Vaccination United Provinces of Agra and Oudh 1923-1928 - 1923-1928
Year: 1923
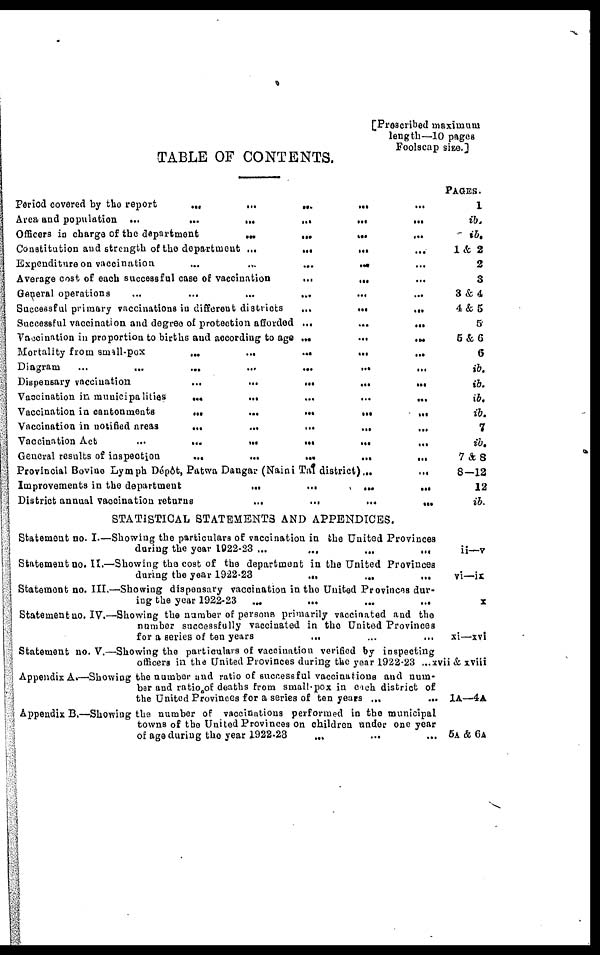
[Prescribed maximum
length —10 pages
Foolscap size.]
TABLE OF CONTENTS.
Period covered by the report
...
...
...
...
...
...
Area and population
...
...
...
...
...
Officers in charge of the department
...
...
...
...
...
...
...
Constitution and strength of the department
...
...
...
...
...
Expenditure on vaccination
...
...
...
...
...
Average cost of each successful case of vaccination
...
...
...
...
General operations
...
...
...
...
...
...
Successful primary vaccinations in different districts
...
...
...
...
Successful vaccination and degree of protection afforded
...
...
...
Vaccination in proportion to births and according to age
...
...
...
Mortality from small-pox ... ... ... ...
Diagram
...
...
...
...
...
...
Dispensary vaccination
...
...
...
...
...
Vaccination in municipalities
...
...
...
...
...
Vaccination in cantonments
...
...
...
...
...
Vaccination in notified areas
...
...
...
...
...
...
Vaccination Act
...
...
...
...
...
General results of inspection
...
...
...
...
...
Provincial Bovine Lymph Dépôt, Patwa Dangar (Naini Tal district)...
...
Improvements in the department
...
...
...
...
...
District annual vaccination returns
...
...
...
...
...
...
STATISTICAL STATEMENTS AND APPENDICES.
Statement no. I—Showing the particulars of vaccination in the United Provinces
during the year 1922-23 ... ... ... ...
Statement no.II.—Showing the cost of the department in the United Provinces
during the year 1922-23 ... ... ... ...
Statement no. III.—Showing dispensary vaccination in the United Provinces dur-
ing the year 1922-23 ... ... ... ...
Statement no. IV.—Showing the number of persons primarily vaccinated and the
number successfully vaccinated in the United Provinces
for a series of ten years ... ... ... ...
Statement no. V.—Showing the particulars of vaccination verified by inspecting
officers in the United Provinces during the year 1922-23 ...
Appendix A.—Showing the number and ratio of successful vaccinations and num-
ber and ratio of deaths from small-pox in each district of
the United Provinces for a series of ten years
...
...
Appendix B.—Showing the number of vaccinations performed in the municipal
towns of the United Provinces on children under one year
of age during the year 1922-23 ... ...
PAGES.
1
ib.
ib.
1 & 2
2
3
3 & 4
4 & 5
5
5 & 6
6
ib.
ib.
ib.
ib.
7
ib.
7 & 8
8—12
12
ib.
ii—v
vi—ix
x
xi—xvi
xvii & xviii
1A—4A
5A&6A